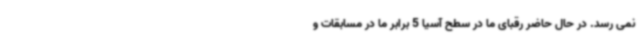
نمی رسد. در حال حاضر رقبای ما در سطح آسیا 5 برابر ما در مسابقات و